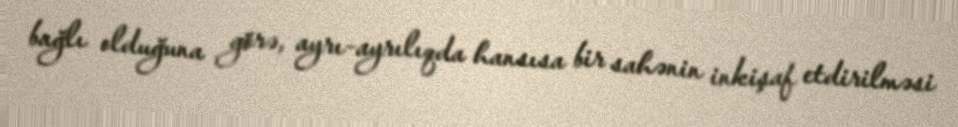
bağlı olduğuna görə, ayrı-ayrılıqda hansısa bir sahənin inkişaf etdirilməsi